Medical and sanitary report of the native army of Bengal for the year
Year: 1874
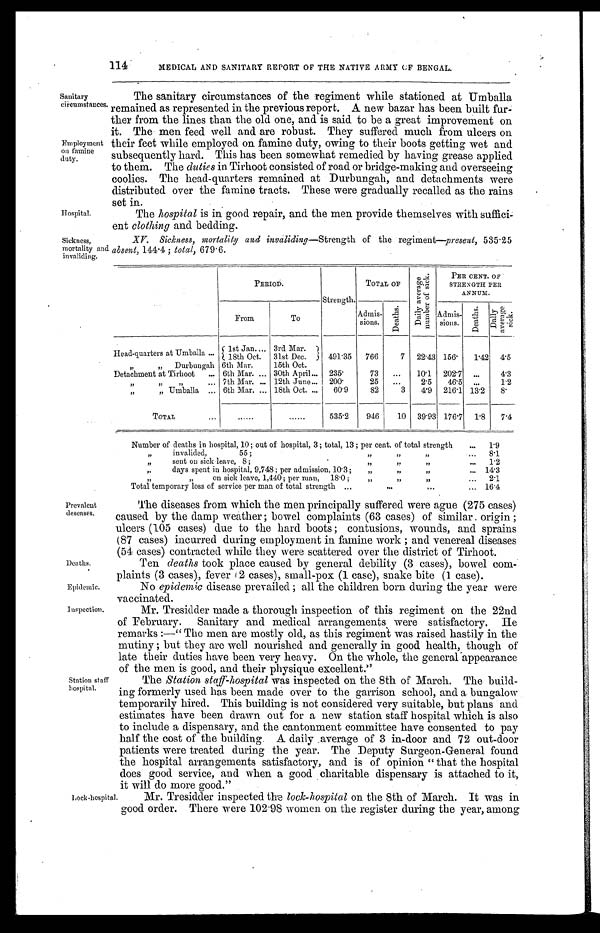
Deaths.
Epidemic.
Inspection.
114
MEDICAL AND SANITARY REPORT OF THE NATIVE ARMY OF BENGAL.
Sanitary
circumstances.
Employment
on famine
duty.
Hospital.
The sanitary circumstances of the regiment while stationed at Umballa
remained as represented in the previous report. A new bazar has been built fur
-ther from the lines than the old one, and is said to be a great improvement on
it. The men feed well and are robust. They suffered much from ulcers on
their feet while employed on famine duty, owing to their boots getting wet and
subsequently hard. This has been somewhat remedied by having grease applied
to them. The duties in Tirhoot consisted of road or bridge-making and overseeing
coolies. The head-quarters remained at Durbungah, and detachments were
distributed over the famine tracts. These were gradually recalled as the rains
set in.
The hospital is in good repair, and the men provide themselves with suffici
-ent clothing and bedding.
Sickness,
mortality and
invaliding.
XV. Sickness mortality and invaliding —Strength of the regiment—present, 535.25
absent, 144.4; total,
679.6.
Prevalent
deseases.
. . .
PERIOD.
Strength.
TOTAL OF
D a i l y a v e r a g e n u m b e r o f s i c k .
PER CENT. OF
STRENGTH PER
ANNUM.
From
To
Admis-
sions.
D e a t h s .
Admis-
s i o n s .
D e a t h s .
D a i l y a v e r a g e s i c k .
Head-quarters at Umballa . . .
1st Jan . . . 3rd Mar.
491.35
766
7
22.43 156.
1.42
4.5
18th Oct.. 31st Dec.
" " Durbungah 6th Mar.
15th Oct.
Detachment at Tirhoot . . . 6th Mar . . . 30th April . . . 235.
73
. . . 10.1
202.7
. . .
4.3
" " "
. . . 7th Mar. . . . 12th June . . . 200.
25
. . .
2.5
46.5
. . .
1.2
" " Umballa . . . 6th Mar. . . . 18th Oct . . .
60.9
82
3
4.9
216.1 13.2
8.
TOTAL . . . . . .
. . .
535.2
946
10
39.93 176.7
1.8
7.4
Number of deaths in hospital, 10; out of hospital, 3; total, 13; per cent. of total strength . . .
1.9
" invalided, 55; " " " . . .
8.1
" sent on sick leave, 8; " " " . . .
1.2
" days spent in hospital, 9,748; per admission, 10.3; " " " . . .
14.3
" " on sick leave, 1,440; per man, 18.0; " " " . . .
2.1
Total temporary loss of service per man of total strength . . .
16.4
The diseases from which the men principally suffered were ague (275 cases)
caused by the damp weather; bowel complaints (63 cases) of similar origin;
ulcers (105 cases) due to the hard boots; contusions, wounds, and sprains
(87 cases) incurred during employment in famine work; and venereal diseases
(54 cases) contracted while they were scattered over the district of Tirhoot.
Ten deaths took place caused by general debility (3 cases), bowel com
-plaints (3 cases), fever 2 cases), small-pox (1 case), snake bite (1 case).
No epidemic disease prevailed; all the children born during the year were
vaccinated.
Mr. Tresidder made a thorough inspection of this regiment on the 22nd
of February. Sanitary and medical arrangements were satisfactory. He
remarks:—"The men are mostly old, as this regiment was raised hastily in the
mutiny; but they are well nourished and generally in good health, though of
late their duties have been very heavy. On the whole, the general appearance
of the men is good, and their physique excellent."
Station staff
hospital.
Lock-hospital.
The Station staff-hospital was inspected on the 8th of March. The build
- i n g f o r m e r l y u s e d h a s b e e n m a d e o v e r t o t h e g a r r i s o n s c h o o l , a n d a b u n g a l o w
temporarily hired. This building is not considered very suitable, but plans and
estimates have been drawn out for a new station staff hospital which is also
to include a dispensary, and the cantonment committee have consented to pay
half the cost of the building. A daily .average of 3 in-door and 72 out-door
patients were treated during the year. The Deputy Surgeon-General found
the hospital arrangements satisfactory, and is of opinion "that the hospital
does good service, and when a good charitable dispensary is attached to it,
it will do more good."
Mr. Tresidder inspected the lock-hospital on the 8th of March. It was in
good order. There were 102.98 women on the register during the year, among